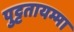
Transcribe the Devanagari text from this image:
पुट्टतायम्मा